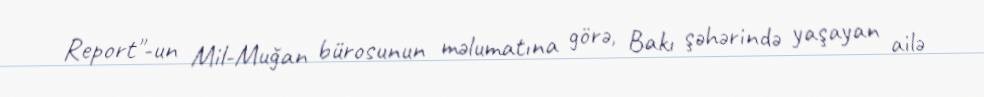
Report"-un Mil-Muğan bürosunun məlumatına görə, Bakı şəhərində yaşayan ailə